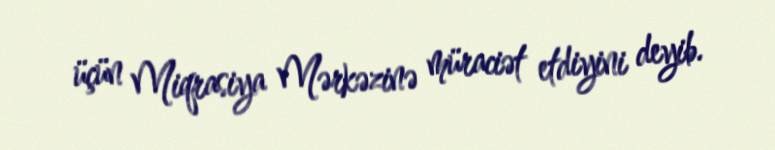
üçün Miqrasiya Mərkəzinə müraciət etdiyini deyib.